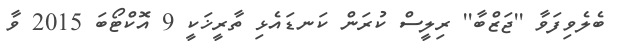
ބެލެވިފަވާ ''ޖަޒްބާ'' ރިލީސް ކުރަން ކަނޑައެޅި ތާރީޚަކީ 9 އޮކްޓޯބަ 2015 ވާ